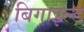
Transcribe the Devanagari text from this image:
बिगाइल्ड